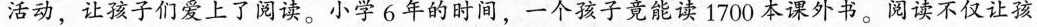
活动，让孩子们爱上了阅读。小学6年的时间，一个孩子竟能读1700本课外书。阅读不仅让孩